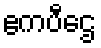
ဧကပီဌေ